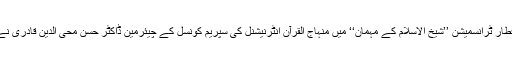
20 جون 2017ء کو افطار ٹرانسمیشن ’’شیخ الاسلام کے مہمان‘‘ میں منہاج القرآن انٹرنیشنل کی سپریم کونسل کے چیئرمین ڈاکٹر حسن محی الدین قادری نے خصوصی شرکت کی۔